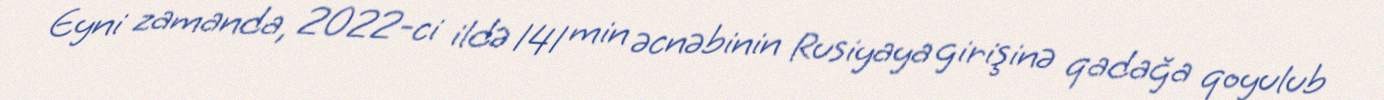
Eyni zamanda, 2022-ci ildə 141 min əcnəbinin Rusiyaya girişinə qadağa qoyulub